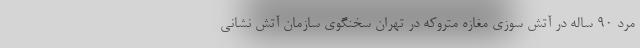
مرد ٩٠ ساله در آتش سوزی مغازه متروکه در تهران سخنگوی سازمان آتش نشانی